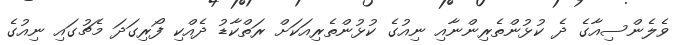
ވެލެންސިއާގެ ދެ ކުޅުންތެރިންނާއި ނިއުގެ ކުޅުންތެރިއަކަށް ރަތްކާޑު ދެއްކި ފޯރިގަދަ މެޗުގައި ނިއުގެ